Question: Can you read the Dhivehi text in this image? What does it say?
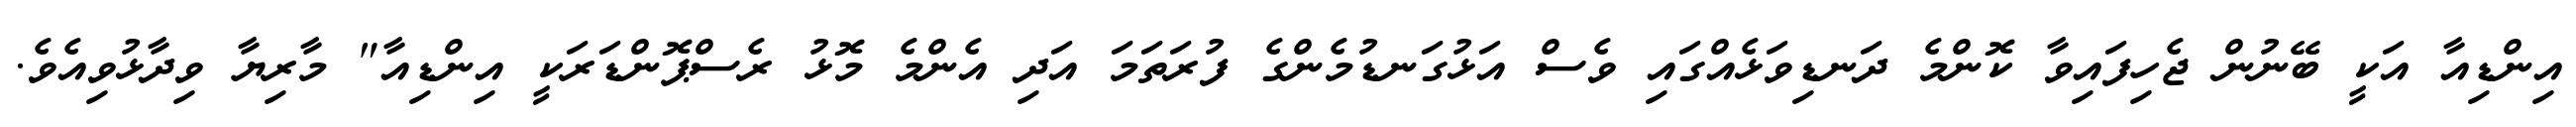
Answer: އިންޑިއާ އަކީ ބޭނުން ޖެހިފައިވާ ކޮންމެ ދަނޑިވަޅެއްގައި ވެސް އަޅުގަނޑުމެންގެ ފުރަތަމަ އަދި އެންމެ މޮޅު ރެސްޕޮންޑަރަކީ އިންޑިއާ" މާރިޔާ ވިދާޅުވިއެވެ.